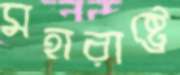
মহারাষ্ট্রে